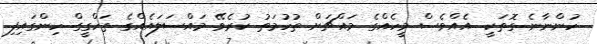
ހުންނާނެ ގޮތަކީ. އެއްވެސް މީހެއްގެ މައްޗަށް ތުހުމަތު ކުރެވޭ މައްސަލައެއްގެ ތަހްގީގް ހިންގައިފި